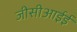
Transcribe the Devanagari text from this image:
जीसीआईई